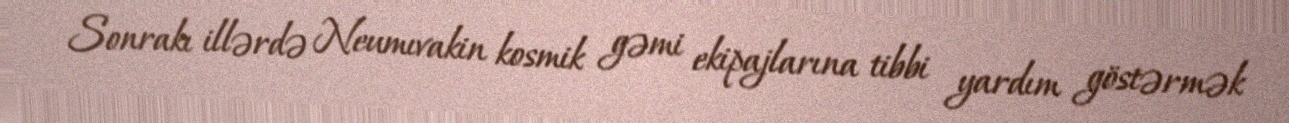
Sonrakı illərdə Neumıvakin kosmik gəmi ekipajlarına tibbi yardım göstərmək